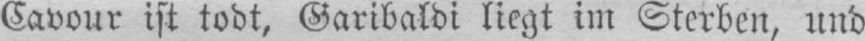
Cavour ist todt, Garibaldi liegt im Sterben, und